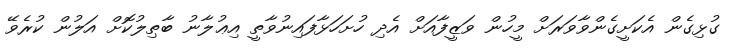
ގުޅިގެން އެކަށީގެންވާވަރަށް މީހުން ވަޒީފާއަށް އެދި ހުށަހަޅާފައިނުވާތީ އިޢުލާނު ބާޠިލުކޮށް އަލުން ކުރެވޭ